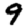
Digit: 9